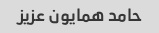
حامد همایون عزیز